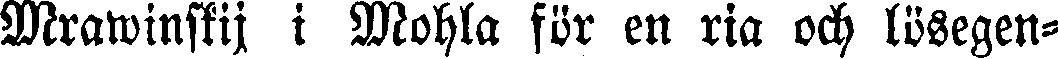
Mrawinskij i Mohla för en ria och lösegen-